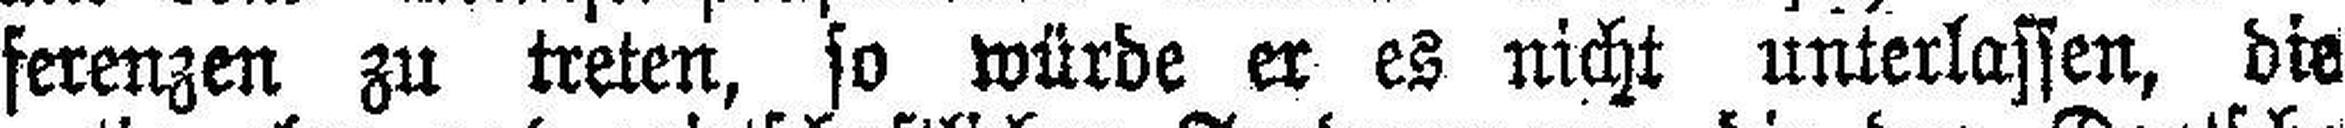
ferenzen zu treten, so würde er es nicht unterlassen, die